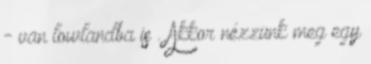
- van lowlandba is . Akkor nézzünk meg egy